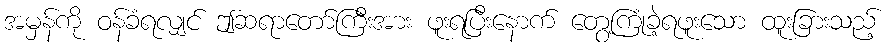
အမှန်ကို ဝန်ခံရလျှင် ဤဆရာတော်ကြီးအား ဖူးရပြီးနောက် တွေ့ကြုံခဲ့ရဖူးသော ထူးခြားသည့်